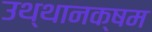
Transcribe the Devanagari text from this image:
उथ्थानक्षम